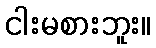
ငါးမစားဘူး။